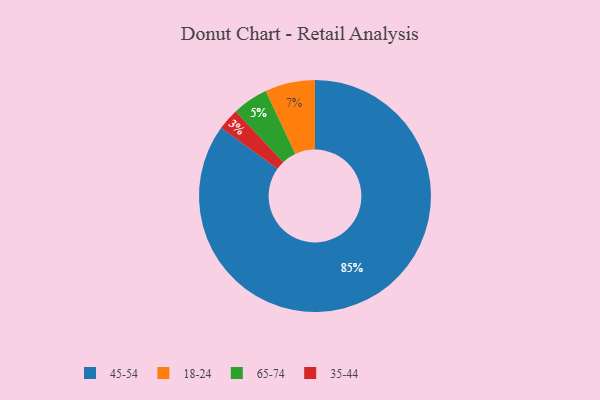
{"axis": {"x": "Category", "y": "Percentage"}, "legend": ["18-24", "35-44", "45-54", "65-74"], "data": [{"x": "45-54", "y": 85, "type": "45-54"}, {"x": "65-74", "y": 5, "type": "65-74"}, {"x": "18-24", "y": 7, "type": "18-24"}, {"x": "35-44", "y": 3, "type": "35-44"}]}